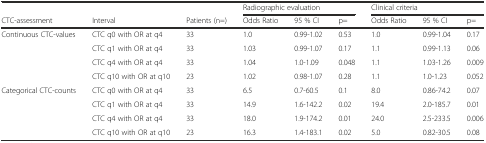
<table><thead><tr><td colspan="3"></td><td colspan="3"><b>Radiographic evaluation</b></td><td colspan="3"><b>Clinical criteria</b></td></tr><tr><td><b>CTC-assessment</b></td><td><b>Interval</b></td><td><b>Patients (n=)</b></td><td><b>Odds Ratio</b></td><td><b>95 % CI</b></td><td><b>p=</b></td><td><b>Odds Ratio</b></td><td><b>95 % CI</b></td><td><b>p=</b></td></tr></thead><tbody><tr><td rowspan="4">Continuous CTC-values</td><td>CTC q0 with OR at q4</td><td>33</td><td>1.0</td><td>0.99-1.02</td><td>0.53</td><td>1.0</td><td>0.99-1.04</td><td>0.17</td></tr><tr><td>CTC q1 with OR at q4</td><td>33</td><td>1.03</td><td>0.99-1.07</td><td>0.17</td><td>1.1</td><td>0.99-1.13</td><td>0.06</td></tr><tr><td>CTC q4 with OR at q4</td><td>33</td><td>1.04</td><td>1.0-1.09</td><td>0.048</td><td>1.1</td><td>1.03-1.26</td><td>0.009</td></tr><tr><td>CTC q10 with OR at q10</td><td>23</td><td>1.02</td><td>0.98-1.07</td><td>0.28</td><td>1.1</td><td>1.0-1.23</td><td>0.052</td></tr><tr><td rowspan="4">Categorical CTC-counts</td><td>CTC q0 with OR at q4</td><td>33</td><td>6.5</td><td>0.7-60.5</td><td>0.1</td><td>8.0</td><td>0.86-74.2</td><td>0.07</td></tr><tr><td>CTC q1 with OR at q4</td><td>33</td><td>14.9</td><td>1.6-142.2</td><td>0.02</td><td>19.4</td><td>2.0-185.7</td><td>0.01</td></tr><tr><td>CTC q4 with OR at q4</td><td>33</td><td>18.0</td><td>1.9-174.2</td><td>0.01</td><td>24.0</td><td>2.5-233.5</td><td>0.006</td></tr><tr><td>CTC q10 with OR at q10</td><td>23</td><td>16.3</td><td>1.4-183.1</td><td>0.02</td><td>5.0</td><td>0.82-30.5</td><td>0.08</td></tr></tbody></table>